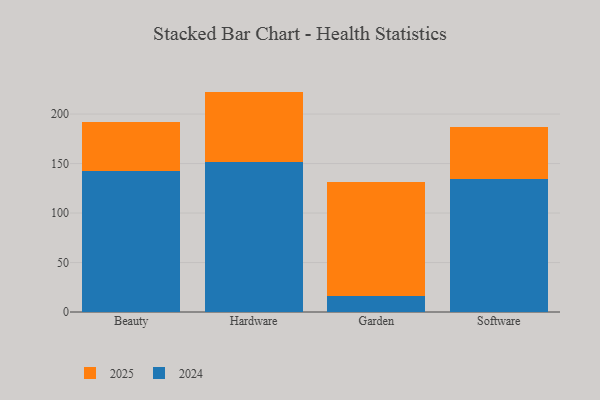
{"axis": {"x": "Category", "y": "Humidity (%)"}, "legend": ["2024", "2025"], "data": [{"x": "Beauty", "y": 142.0, "type": "2024"}, {"x": "Beauty", "y": 49.9, "type": "2025"}, {"x": "Hardware", "y": 151.9, "type": "2024"}, {"x": "Hardware", "y": 70.8, "type": "2025"}, {"x": "Garden", "y": 16.6, "type": "2024"}, {"x": "Garden", "y": 114.3, "type": "2025"}, {"x": "Software", "y": 134.0, "type": "2024"}, {"x": "Software", "y": 52.7, "type": "2025"}]}